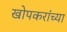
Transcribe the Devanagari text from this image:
खोपकरांच्या